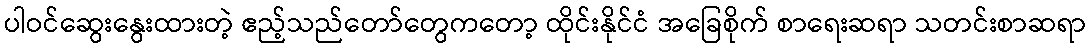
ပါဝင်ဆွေးနွေးထားတဲ့ ဧည့်သည်တော်တွေကတော့ ထိုင်းနိုင်ငံ အခြေစိုက် စာရေးဆရာ သတင်းစာဆရာ